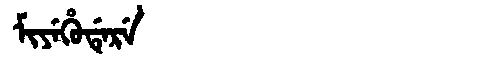
Manchu: ᠮᡳᠶᡝᡥᡠᡩᡝᡵᡝ
Romanization: MIYEHUDERE